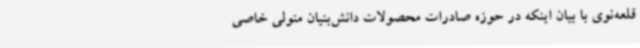
قلعه‌نوی با بیان اینکه در حوزه صادرات محصولات دانش‌بنیان متولی خاصی